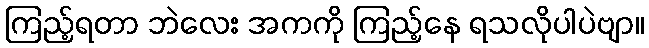
ကြည့်ရတာ ဘဲလေး အကကို ကြည့်နေ ရသလိုပါပဲဗျာ။